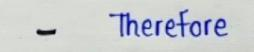
-       Therefore